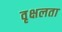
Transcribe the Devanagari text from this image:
वृक्षलता